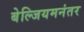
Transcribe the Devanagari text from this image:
बेल्जियमनंतर